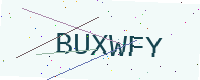
Text: BUXWFY